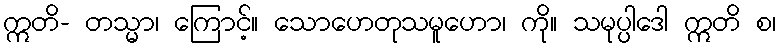
ဣတိ- တသ္မာ၊ ကြောင့်။ သောဟေတုသမူဟော၊ ကို။ သမုပ္ပါဒေါ ဣတိ စ၊